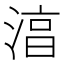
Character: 湻